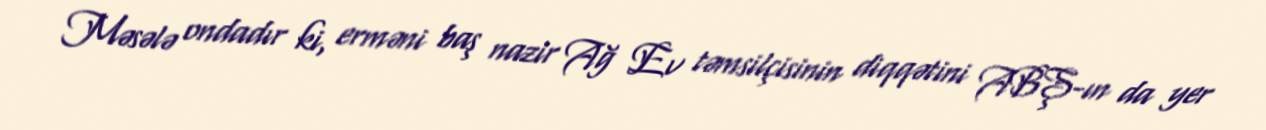
Məsələ ondadır ki, erməni baş nazir Ağ Ev təmsilçisinin diqqətini ABŞ-ın da yer